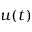
u ( t )